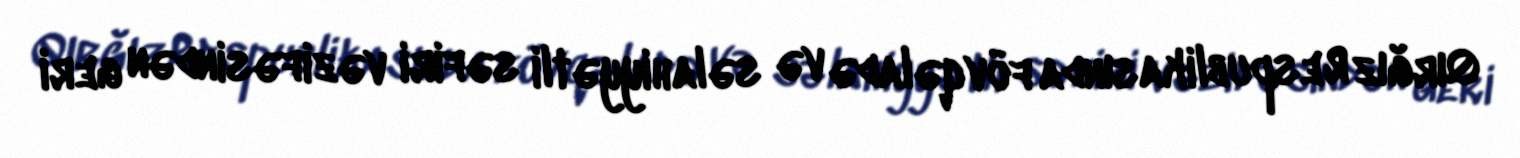
Qırğız Respublikasında fövqəladə və səlahiyyətli səfiri vəzifəsindən geri